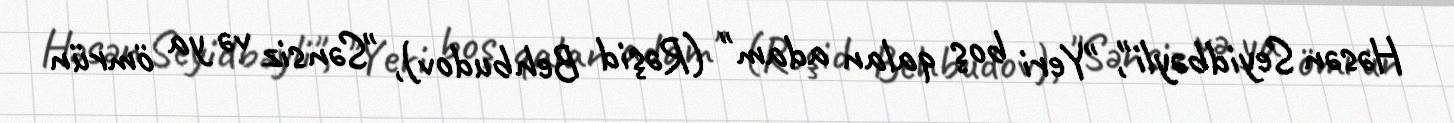
Həsən Seyidbəyli", "Yeri boş qalan adam" (Rəşid Behbudov), "Sənsiz və ya ömrün